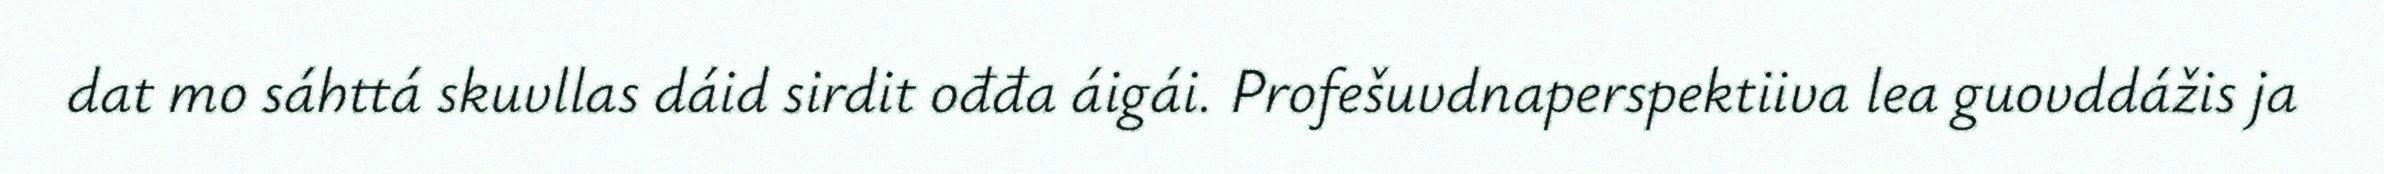
dat mo sáhttá skuvllas dáid sirdit ođđa áigái. Profešuvdnaperspektiiva lea guovddážis ja